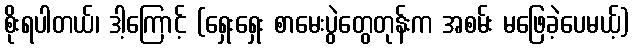
စိုးရပါတယ်၊ ဒါ့ကြောင့် (ရှေးရှေး စာမေးပွဲတွေတုန်းက အစမ်း မဖြေခဲ့ပေမယ့်)